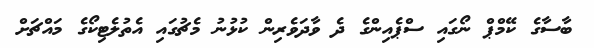
ބާސާގެ ކޭމްޕް ނޯގައި ސްޕެއިންގެ ދެ ވާދަވެރިން ކުޅުނު މެޗުގައި އެތުލެޓިކޯގެ މައްޗަށް